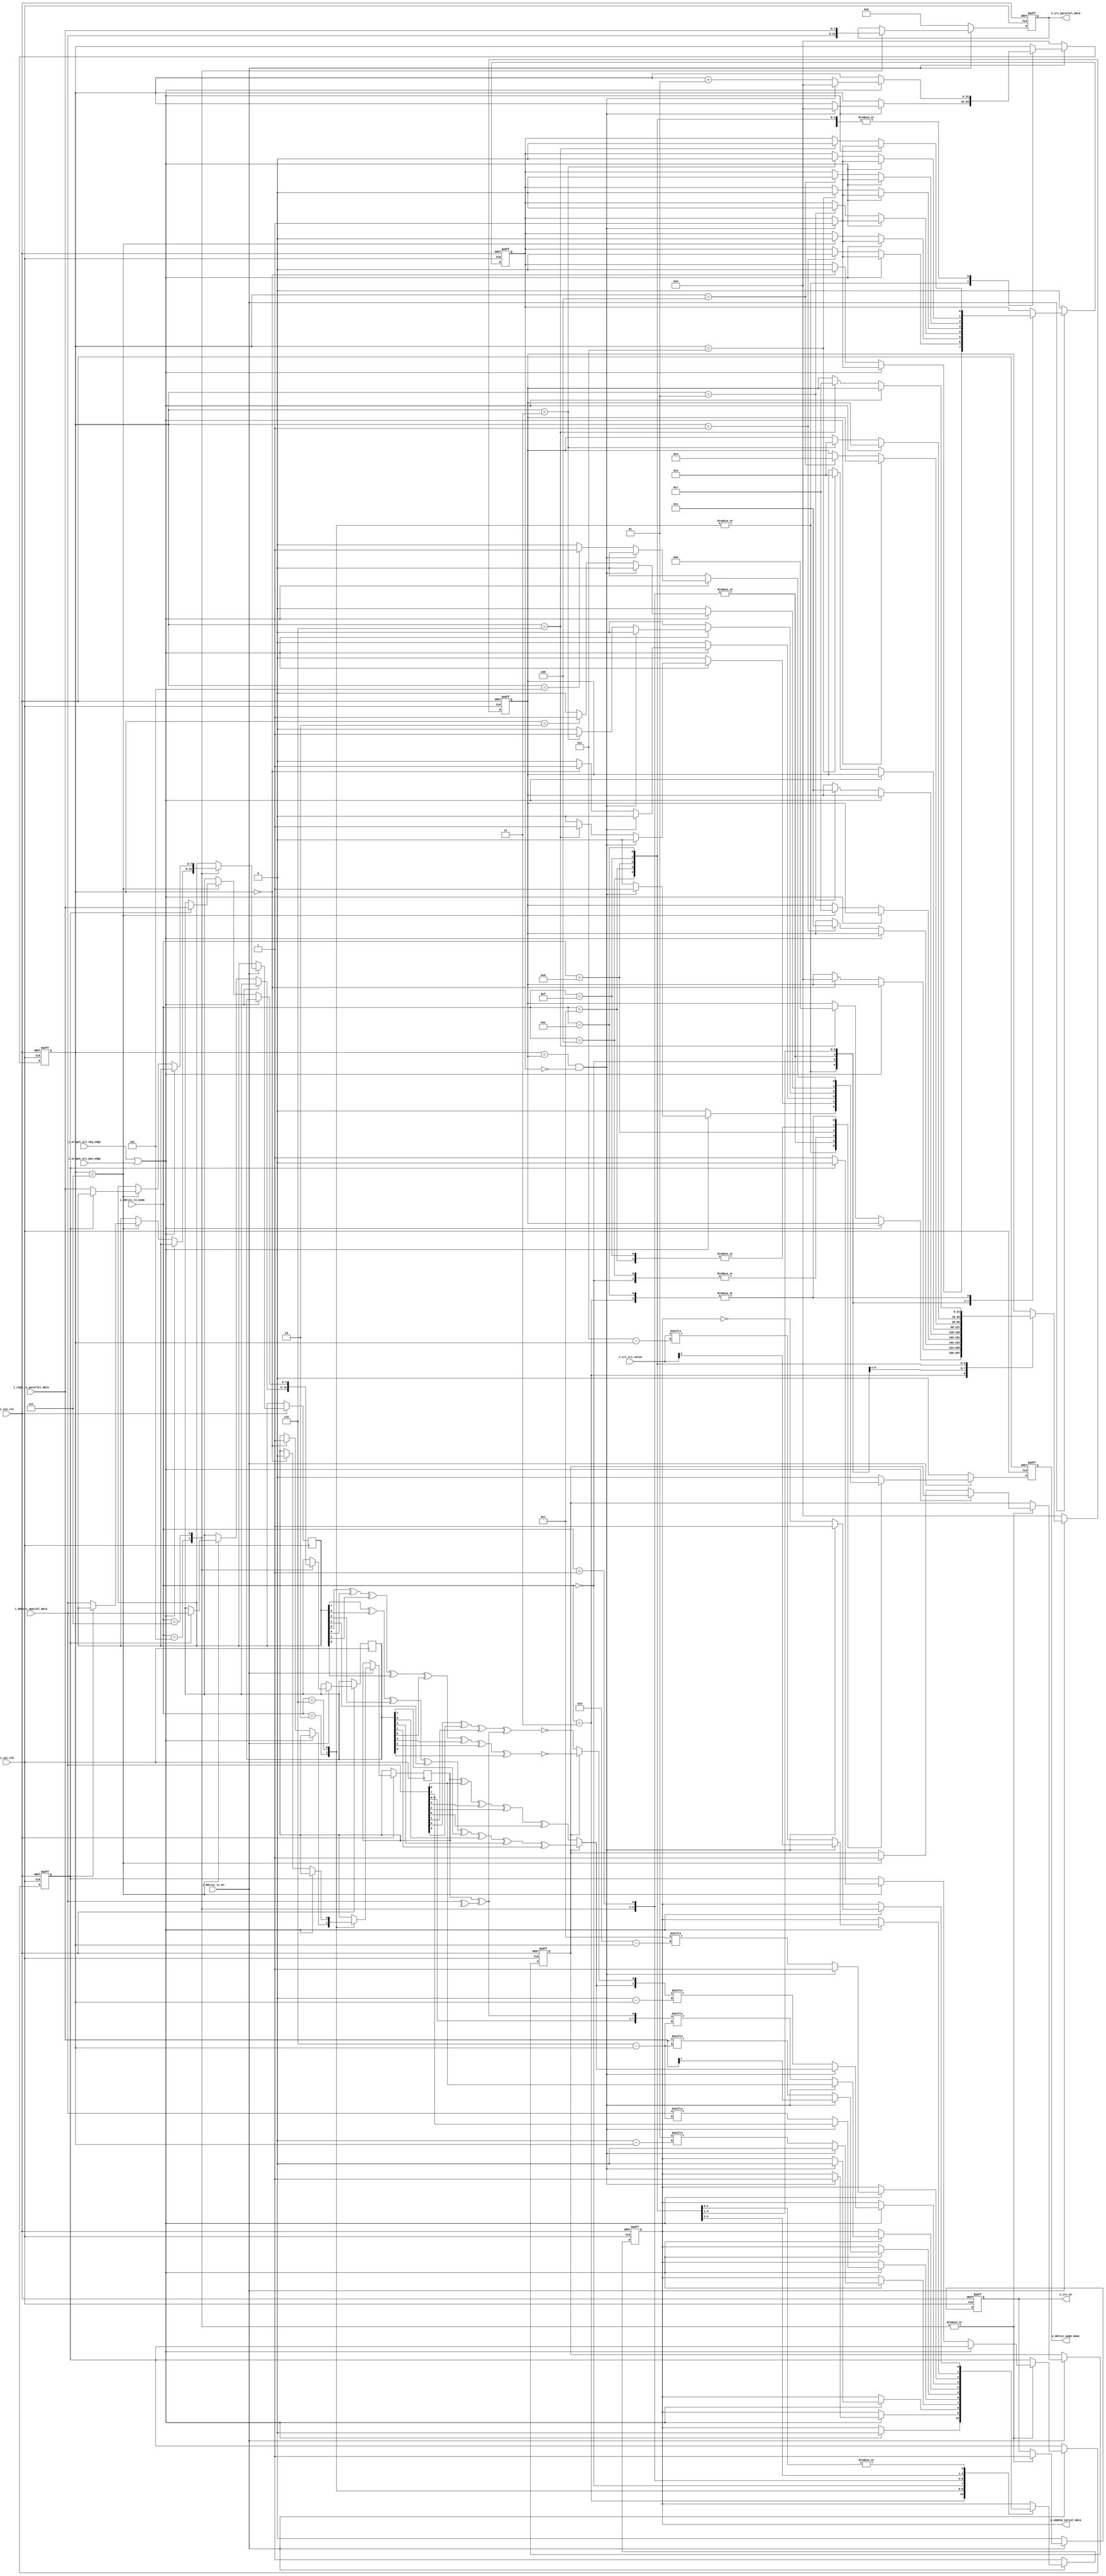
module tx (
input        i_sys_clk,
input        i_sys_rst,
input        i_ddrccc_tx_en,
input        i_sclgen_scl_pos_edge,
input        i_sclgen_scl_neg_edge,
input [3:0]  i_ddrccc_tx_mode,
input [7:0]  i_regf_tx_parallel_data, 
input [7:0]  i_ddrccc_special_data, // special from ddr or ccc (address or ccc value)  
input [4:0]  i_crc_crc_value, //separate calculation of crc (of what serialized) in another block 

output reg        o_sdahnd_serial_data, //SDA
output reg        o_ddrccc_mode_done,
output reg        o_crc_en, 
output reg [7:0]  o_crc_parallel_data //sending byte byte of what serialized for crc block
);


// tx modes needed  
localparam [3:0]  special_preambles = 'b0000, //2'b01 
                  serializing_address = 'b0001, //address of target
    				          serializing_zeros = 'b0011 ,  //7-zeros in the first byte of cmd word        
                  one = 'b0010, // for representing preamble bit or reading_or_writing bit  
                  zero = 'b0110, // for representing preamble bit or reading_or_writing bit
				          serializing_data = 'b0111, //data byte from reg to be serialized
				          CCC_value = 'b0101 , //special data in case of transmitting CCC
				          calculating_Parity = 'b0100, //parity of word serialized either cmd word or data word
				          token_CRC = 'b1100, //special bits 4'b1100
				          CRC_value = 'b1101, //CRC value arrived of data serialized
                  restart_Pattern = 'b1111,
                  exit_Pattern = 'b1110;

/*****special values****/			  
reg [1:0] special_preamble = 'b01 ;
reg [3:0] token = 4'b1100;

/***internal signals****/
wire parity_adj; 
wire [7:0] A; //CMD_Word_Second_Byte
wire P1, P0; //parity bits to be serialized
wire P1_cmdword, P0_cmdword; //parity bits of cmdword
wire P1_data, P0_data; //parity bits of data
wire [1:0] P;
reg [7:0] D1, D2; //first_and_second_Data_Bytes


/***helpful flags****/
integer counter;
integer value;
reg reset_counter_flag;
reg rd_wr_flag; //storing rd_or_wr bit for calculating (parity adj) and (cmd word parity)
reg parity_flag; //to distinguish parity is calculated for cmd or data
reg first_byte_full; //to distinguish tx is serializing first byte or second byte


assign A = {i_ddrccc_special_data[6:0],parity_adj} ; 
assign parity_adj = ( rd_wr_flag ^ (^i_ddrccc_special_data) ) ;
assign P1 = (parity_flag)? P1_data : P1_cmdword ; 
assign P0 = (parity_flag)? P0_data : P0_cmdword ;
assign P = {P1,P0} ;
assign P1_cmdword = rd_wr_flag ^ A[7] ^ A[5] ^ A[3] ^ A[1] ;
assign P0_cmdword = A[6] ^ A[4] ^ A[2] ^ A[0] ^ 1 ;
assign P1_data = D1[7] ^ D1[5] ^ D1[3] ^ D1[1] ^ D2[7] ^ D2[5] ^ D2[3] ^ D2[1] ;
assign P0_data = D1[6] ^ D1[4] ^ D1[2] ^ D1[0] ^ D2[6] ^ D2[4] ^ D2[2] ^ D2[0] ^ 1 ; 


 always @ (posedge i_sys_clk or negedge i_sys_rst)
	begin 
	
		if(~i_sys_rst) begin 
		    o_sdahnd_serial_data<= 1;
        o_ddrccc_mode_done<= 0;
        o_crc_parallel_data<= 0;
        o_crc_en<= 0;
		    counter <= 0;
		    reset_counter_flag <= 0;
		    value <= 0;
		    parity_flag <= 0;
		    first_byte_full <= 0;
		    o_crc_en <= 0; 
		end 
		
		else if (i_ddrccc_tx_en) begin
		  
		o_ddrccc_mode_done <= 0;
		
		case (i_ddrccc_tx_mode)
		  
		  ///////////////////////
		  
		serializing_zeros : begin
		  
		  if (i_sclgen_scl_neg_edge || i_sclgen_scl_pos_edge)
		   begin
		    o_sdahnd_serial_data <= 1'b0 ;    
		    if ( (counter == value) & (!reset_counter_flag) )
		      begin
           counter <= 'd0;
           reset_counter_flag <= 1;
          end
          
			  else
			    begin
			     if ( counter == 'd5 )
			      o_ddrccc_mode_done <= 'b1;
			     counter <= counter + 1;
			    end
			    
			 end
			 
			else if ( counter == 'd6 )
			  begin
			 reset_counter_flag <= 0;
			 value <= 6;
			 end
		  
		  end
	
		/////////////////////////////////
		  
		one : begin
		  
		  if (i_sclgen_scl_neg_edge || i_sclgen_scl_pos_edge)
		   begin
		     
		     if ( (counter == value) & (!reset_counter_flag) )
		      begin
           counter <= 0;
           reset_counter_flag <= 1;
           o_sdahnd_serial_data <= 1;
			       o_ddrccc_mode_done <= 'b1;
          end
			 end
			 
			else if ( counter == 'd0 )
			  begin
			 rd_wr_flag <= 'b1;
			 reset_counter_flag <= 0;
			 value <= 0;
			 end
		  end
		  
		  ////////////////////////////
		  
		 zero : begin
		  
		  if (i_sclgen_scl_neg_edge || i_sclgen_scl_pos_edge)
		   begin
		     if ( (counter == value) & (!reset_counter_flag) )
		      begin
           counter <= 'd0;
           reset_counter_flag <= 1;
   		      o_sdahnd_serial_data <= 0;
			       o_ddrccc_mode_done <= 'b1;
          end
			 end
			 
			else if ( counter == 'd0 )
			  begin
			 rd_wr_flag <= 'b0;
			 reset_counter_flag <= 0;
			 value <= 0;
			 end
		  end
		  
		  /////////////////////////////////////
		
		special_preambles : begin
		  
		  if (i_sclgen_scl_neg_edge || i_sclgen_scl_pos_edge)
		   begin
		        
		    if ( (counter == value) & (!reset_counter_flag) )
		      begin
           counter <= 'd0;
           reset_counter_flag <= 1;
           o_sdahnd_serial_data <= special_preamble['d1] ;
          end
          
			  else
			    begin
			    counter <= counter + 1;
			    o_sdahnd_serial_data <= special_preamble['d0 - counter] ;
			    if ( counter == 'd0 )
			       o_ddrccc_mode_done <= 'b1;
			    end
			    
			 end
			 
			else if ( counter == 'd1 )
			  begin
			 reset_counter_flag <= 0;
			 value <= 1;
			 end
			 
		 end	
		 ////////////////////////////////////
		 
		 CCC_value :  begin
		  
		  o_crc_en <= 'b1;
			o_crc_parallel_data <= i_ddrccc_special_data;
		  if (i_sclgen_scl_neg_edge || i_sclgen_scl_pos_edge)
		   begin    
		    if ( (counter == value) & (!reset_counter_flag) )
		      begin
           counter <= 'd0;
           reset_counter_flag <= 1;
           o_sdahnd_serial_data <= i_ddrccc_special_data['d7] ;
           end
          
			  else
			    begin
			    counter <= counter + 1;
			    o_sdahnd_serial_data <= i_ddrccc_special_data['d6 - counter] ;
			    if ( counter == 'd6 )
			       o_ddrccc_mode_done <= 'b1;
			    end
			 end
			 
	 else if ( counter == 'd7 )
			begin
			 reset_counter_flag <= 0;
			 value <= 7;
			 parity_flag <= 1;
			 if (!first_byte_full)
			   begin
			    D1 <= i_ddrccc_special_data;
			    first_byte_full <= 1;
			   end
			 else
			   begin
			    D2 <= i_ddrccc_special_data;
			    first_byte_full <= 0;
			   end
		  end
			 
	 end	
		
		 ///////////////////////////////////
		  
		serializing_data :  begin
		  
		  o_crc_en <= 'b1;
			o_crc_parallel_data <= i_regf_tx_parallel_data;
		  if (i_sclgen_scl_neg_edge || i_sclgen_scl_pos_edge)
		   begin    
		    if ( (counter == value) & (!reset_counter_flag) )
		      begin
           counter <= 'd0;
           reset_counter_flag <= 1;
           o_sdahnd_serial_data <= i_regf_tx_parallel_data['d7] ;
           end
          
			  else
			    begin
			    counter <= counter + 1;
			    o_sdahnd_serial_data <= i_regf_tx_parallel_data['d6 - counter] ;
			    if ( counter == 'd6 )
			      o_ddrccc_mode_done <= 'b1;
			    end
			 end
			 
	 else if ( counter == 'd7 )
			begin
			 reset_counter_flag <= 0;
			 value <= 7;
			 parity_flag <= 1;
			 if (!first_byte_full)
			   begin
			    D1 <= i_regf_tx_parallel_data;
			    first_byte_full <= 1;
			   end
			 else
			   begin
			    D2 <= i_regf_tx_parallel_data;
			    first_byte_full <= 0;
			   end
		  end
			 
	 end	
	 
	 /////////////////////////////
		 
		serializing_address :  begin

		  if (i_sclgen_scl_neg_edge || i_sclgen_scl_pos_edge)
		   begin    
		    if ( (counter == value) & (!reset_counter_flag) )
		      begin
           counter <= 'd0;
           reset_counter_flag <= 1;
           o_sdahnd_serial_data <= A['d7] ;
           end
          
			  else
			    begin
			    counter <= counter + 1;
			    o_sdahnd_serial_data <= A['d6 - counter] ;
			    if ( counter == 'd6 )
			      o_ddrccc_mode_done <= 'b1;
			    end
			    
			 end
			 
			else if ( (counter == 'd7) )
			  begin
			 reset_counter_flag <= 0;
			 value <= 7;
			 end
			 
		 end	
		 
		 /////////////////////////////////
		 
		 
		 calculating_Parity : begin
		   
		   if (i_sclgen_scl_neg_edge || i_sclgen_scl_pos_edge)
		    begin
		      
		     if ( (counter == value) & (!reset_counter_flag))
		     begin
          counter <= 'd0;
          reset_counter_flag <= 1;
          o_sdahnd_serial_data <= P[1];
         end
			  else
			    begin
			    counter <= counter + 1;
			    o_sdahnd_serial_data <= P[(0 - counter)];
			    if ( counter == 'd0 )
			      o_ddrccc_mode_done <= 'b1;
			    end
			    
			 end
			 
			else if ( counter == 1 )
			 begin
			  reset_counter_flag <= 0;
			  value <= 1;
			 end

		 end	  
		 
		 
		 /////////////////////////////////
				  				  		  
		token_CRC :	 begin
		  
		  if (i_sclgen_scl_neg_edge || i_sclgen_scl_pos_edge)
		   begin
    
		    if ( (counter == value) & (!reset_counter_flag))
		     begin
          counter <= 'd0;
          reset_counter_flag <= 1;
          o_sdahnd_serial_data <= token[3];
         end
			  else
			    begin
			    counter <= counter + 1;
			    o_sdahnd_serial_data <= token[(2 - counter)];
			    if ( counter == 'd2 )
			      o_ddrccc_mode_done <= 'b1;
			    end
			    
			 end
			 
			else if ( counter == 3 )
			  begin
			 reset_counter_flag <= 0;
			 value <= 3;
			 end

		 end	 
		
		/////////////////////////////////////////
		 
		CRC_value :  begin
		  
		  if (i_sclgen_scl_neg_edge || i_sclgen_scl_pos_edge)
		    begin    
		     if ( (counter == value) & (!reset_counter_flag))
		       begin
		        o_sdahnd_serial_data <= i_crc_crc_value[4];
            counter <= 'd0;
            reset_counter_flag <= 1;  
           end
			   else
			     begin
			    counter <= counter + 1;
			    o_sdahnd_serial_data <= i_crc_crc_value[(3 - counter)];
			    if ( counter == 'd3 )
			      o_ddrccc_mode_done <= 'b1;
			    end
			  end
			    
			else if ( counter == 'd4 )
			 begin
			  reset_counter_flag <= 0;
			  value <= 4;
			 end
			 
	  end
			  
			  /////////////////////////////////////////////
			  
		restart_Pattern: begin
			  
		  if (i_sclgen_scl_neg_edge || i_sclgen_scl_pos_edge)
		    begin    
		     if ( (counter == value) & (!reset_counter_flag))
		       begin
		        o_sdahnd_serial_data <= 1;
            counter <= 'd0;
            reset_counter_flag <= 1; 
           end
           
			   else
			    begin
			     counter <= counter + 1;
			     o_sdahnd_serial_data <= !o_sdahnd_serial_data;
			     if ( counter == 'd2 )
			      o_ddrccc_mode_done <= 'b1;
			    end	  
			  end
			 
	    else if ( counter == 'd3 )
			 begin
			  reset_counter_flag <= 0;
			  value <= 3;
			 end
		  end
		  
			  ////////////////////////////////////////////
			  
			exit_Pattern: begin
			  
		  if (i_sclgen_scl_neg_edge || i_sclgen_scl_pos_edge)
		    begin    
		     if ( (counter == value) & (!reset_counter_flag))
		       begin
		        o_sdahnd_serial_data <= 1;
            counter <= 'd0;
            reset_counter_flag <= 1; 
           end
           
			   else
			    begin
			     counter <= counter + 1;
			     o_sdahnd_serial_data <= !o_sdahnd_serial_data;
			     if ( counter == 'd5 )
			      o_ddrccc_mode_done <= 'b1;
			    end	  
			  end
			 
	    else if ( counter == 'd6 )
			 begin
			  reset_counter_flag <= 0;
			  value <= 7;
			 end
		  end
		
		////////////////////////////////////////////////
		
		endcase
		end		
		
		else
		  begin
		 	  o_sdahnd_serial_data<= 1;
        o_ddrccc_mode_done<= 0;
        o_crc_parallel_data<= 0;
        o_crc_en<= 0;
		    counter <= 0;
		    reset_counter_flag <= 0;
		    value <= 0;
		    end
		    
		end
		

	
	endmodule